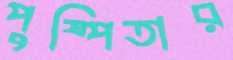
পুষ্পিতার